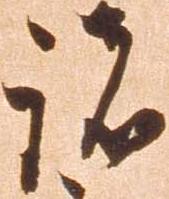
諸